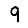
Digit: 9